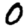
Digit: 0